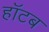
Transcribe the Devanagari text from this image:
हॉटब